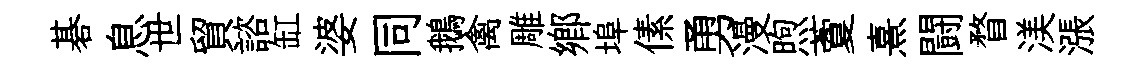
碁息世貿諮缸婆同鵝禽雕鄉埠傃勇漫煦藑熹闘瞀渼漲